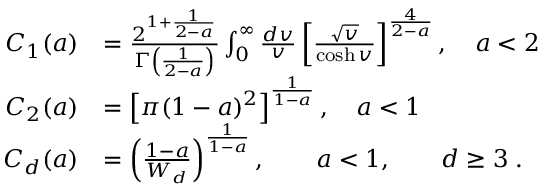
\begin{array} { r l } { C _ { 1 } ( a ) } & { = \frac { 2 ^ { 1 + \frac { 1 } { 2 - a } } } { \Gamma \left( \frac { 1 } { 2 - a } \right) } \int _ { 0 } ^ { \infty } \frac { d v } { v } \left[ \frac { \sqrt { v } } { \cosh v } \right] ^ { \frac { 4 } { 2 - a } } , \quad a < 2 } \\ { C _ { 2 } ( a ) } & { = \left[ \pi ( 1 - a ) ^ { 2 } \right] ^ { \frac { 1 } { 1 - a } } , \quad a < 1 } \\ { C _ { d } ( a ) } & { = \left( \frac { 1 - a } { W _ { d } } \right) ^ { \frac { 1 } { 1 - a } } , \qquad a < 1 , \qquad d \geq 3 \; . } \end{array}